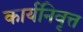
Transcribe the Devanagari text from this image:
कार्यनिवृत्त